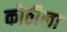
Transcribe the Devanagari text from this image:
कोठीला